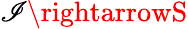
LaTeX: \mathscr{I}\rightarrowS